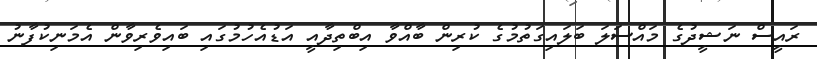
ރައީސް ނަޝީދުގެ މައްސަލަ ބަލައިގަތުމުގެ ކުރިން ބާއްވާ އިބްތިދާއީ އަޑުއެހުމުގައި ބައިވެރިވާން އެމަނިކުފާނު